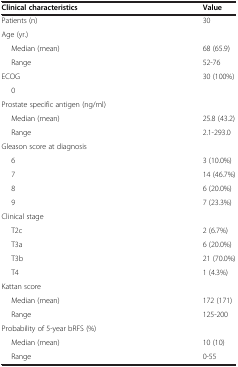
| Clinical characteristics | Value |
 | --- | --- |
 | Patients (n) | 30 |
 | Age (yr.) |  |
 | Median (mean) | 68 (65.9) |
 | Range | 52-76 |
 | ECOG | 30 (100%) |
 | 0 |  |
 | Prostate specific antigen (ng/ml) |  |
 | Median (mean) | 25.8 (43.2) |
 | Range | 2.1-293.0 |
 | Gleason score at diagnosis |  |
 | 6 | 3 (10.0%) |
 | 7 | 14 (46.7%) |
 | 8 | 6 (20.0%) |
 | 9 | 7 (23.3%) |
 | Clinical stage |  |
 | T2c | 2 (6.7%) |
 | T3a | 6 (20.0%) |
 | T3b | 21 (70.0%) |
 | T4 | 1 (4.3%) |
 | Kattan score |  |
 | Median (mean) | 172 (171) |
 | Range | 125-200 |
 | Probability of 5-year bRFS (%) |  |
 | Median (mean) | 10 (10) |
 | Range | 0-55 |